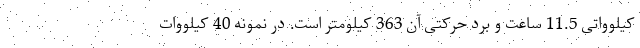
کیلوواتی 11.5 ساعت و برد حرکتی آن 363 کیلومتر است. در نمونه 40 کیلووات